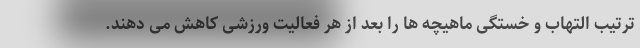
ترتیب التهاب و خستگی ماهیچه ها را بعد از هر فعالیت ورزشی کاهش می دهند.